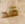
قد